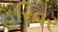
હરિવર